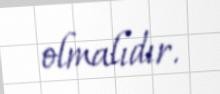
olmalıdır.